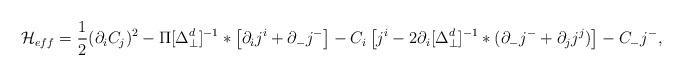
LaTeX: \begin{align*}{\cal H}_{eff} = \frac 1 2 (\partial_i C_j)^2 - \Pi[\Delta_\perp^d]^{-1}* \left[\partial_i j^{i} + \partial_{-}j^{-} \right] - C_i \left[j^i - 2\partial_i[\Delta_\perp^d]^{-1}*(\partial_{-}j^{-} + \partial_j j^j) \right] - C_{-} j^{-},\end{align*}